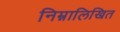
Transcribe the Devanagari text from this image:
निम्नालिखित